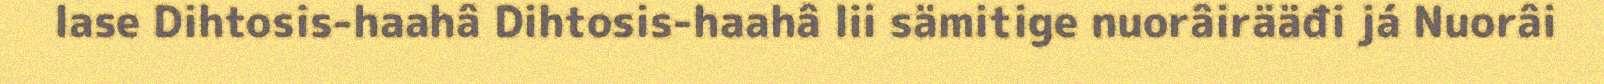
lase Dihtosis-haahâ Dihtosis-haahâ lii sämitige nuorâirääđi já Nuorâi